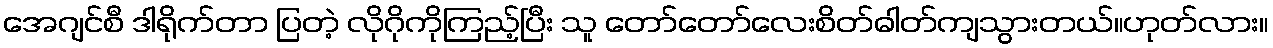
အေဂျင်စီ ဒါရိုက်တာ ပြတဲ့ လိုဂိုကိုကြည့်ပြီး သူ တော်တော်လေးစိတ်ဓါတ်ကျသွားတယ်။ဟုတ်လား။